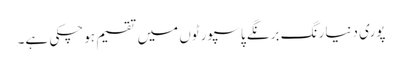
پوری دنیا رنگ برنگے پاسپورٹوں میں تقسیم ہوچکی ہے۔